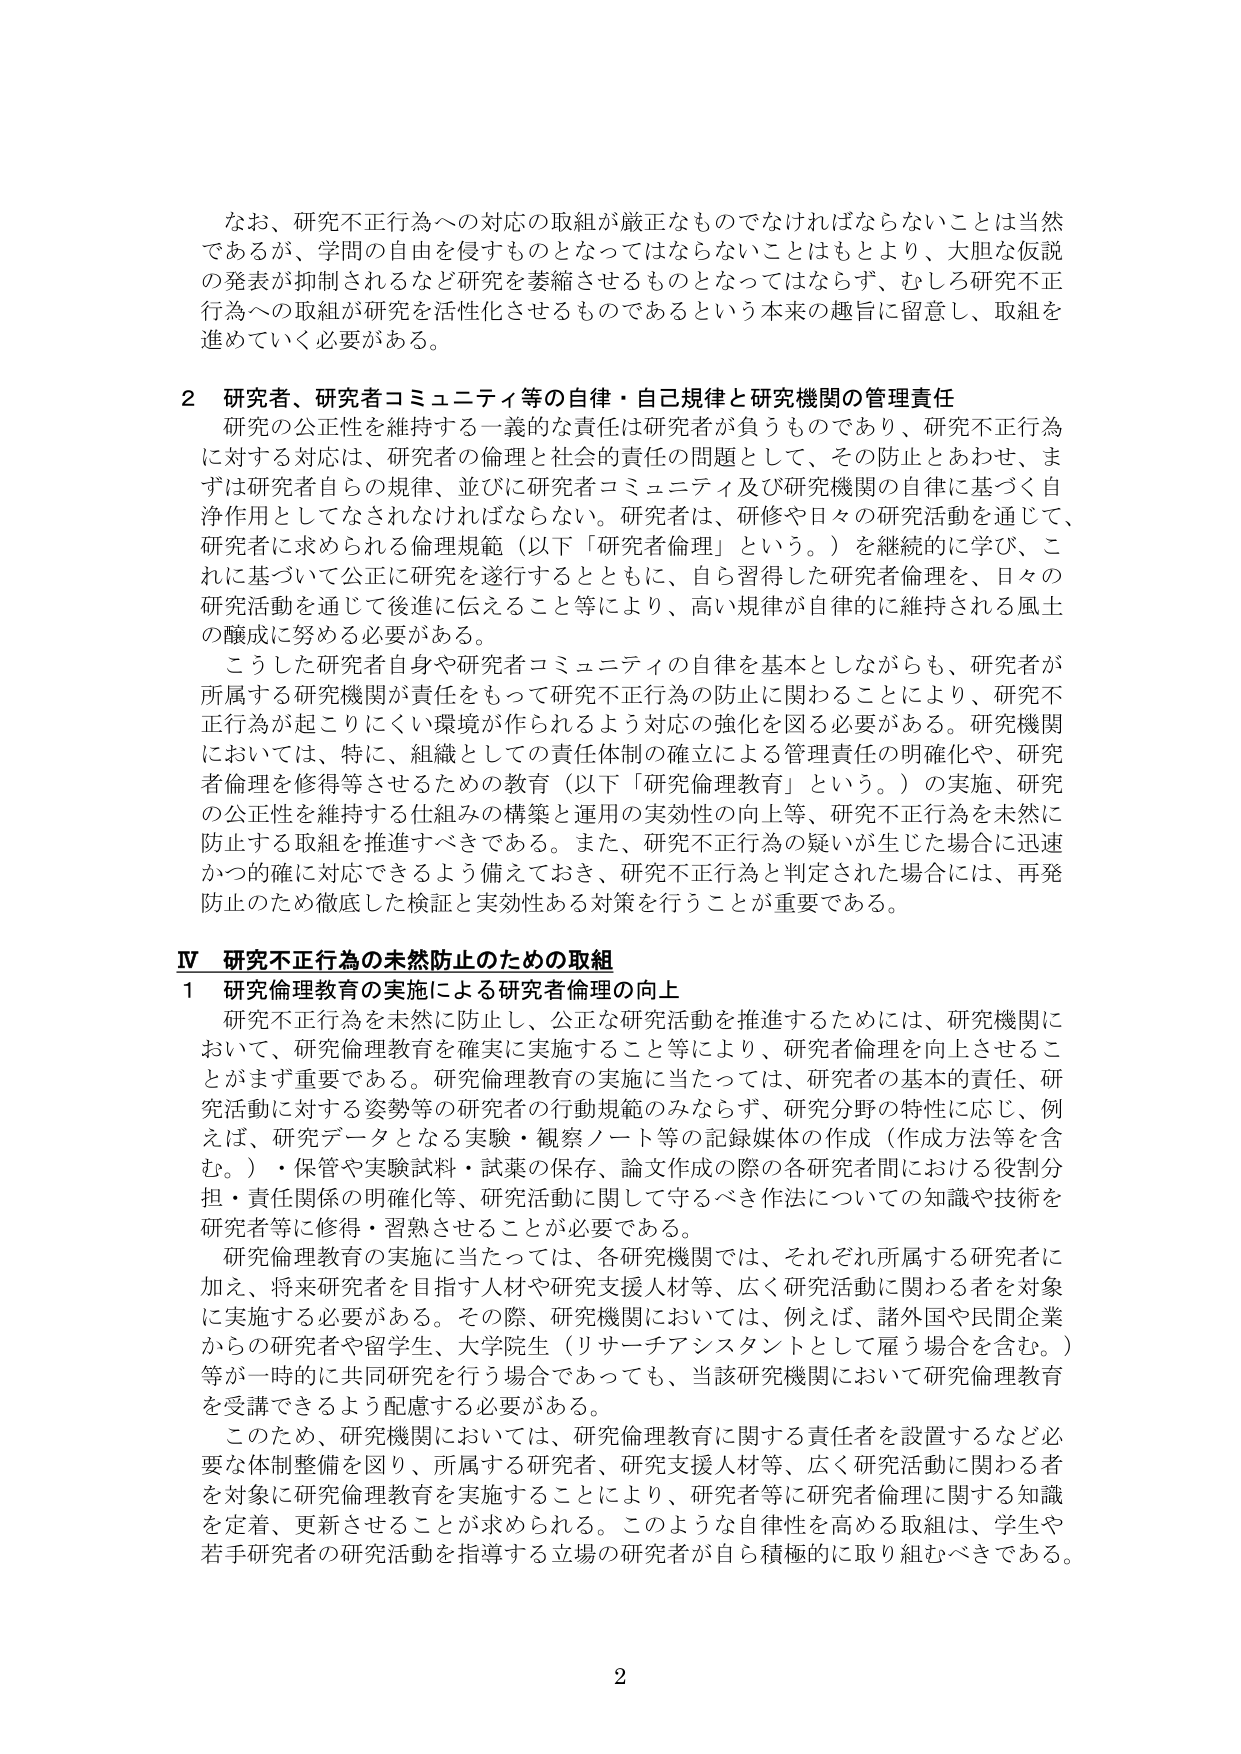
なお、研究不正行為への対応の取組が厳正なものでなければならないことは当然であるが、学問の自由を侵すものとなってはならないことはもとより、大胆な仮説の発表が抑制されるなど研究を萎縮させるものとなってはならず、むしろ研究不正行為への取組が研究を活性化させるものであるという本来の趣旨に留意し、取組を進めていく必要がある。

2 研究者、研究者コミュニティ等の自律・自己規律と研究機関の管理責任
研究の公正性を維持する一義的な責任は研究者が負うものであり、研究不正行為に対する対応は、研究者の倫理と社会的責任の問題として、その防止とあわせ、まずは研究者自らの規律、並びに研究者コミュニティ及び研究機関の自律に基づく自浄作用としてなされなければならない。研究者は、研究や日々の研究活動を通じて、研究者に求められる倫理規範（以下「研究者倫理」という。）を継続的に学び、これに基づいて公正に研究を遂行するとともに、自ら習得した研究者倫理を、日々の研究活動を通じて後進に伝えること等により、高い規律が自律的に維持される風土の醸成に努める必要がある。
こうした研究者自身や研究者コミュニティの自律を基本としながらも、研究者が所属する研究機関が責任をもって研究不正行為の防止に関わることにより、研究不正行為が起こりにくい環境が作られるよう対応の強化を図る必要がある。研究機関においては、特に、組織としての責任体制の確立による管理責任の明確化や、研究者倫理を修得等させるための教育（以下「研究倫理教育」という。）の実施、研究の公正性を維持する仕組みの構築と運用の実効性の向上等、研究不正行為を未然に防止する取組を推進すべきである。また、研究不正行為の疑いが生じた場合に迅速かつ的確に対応できるよう備えておき、研究不正行為と判定された場合には、再発防止のため徹底した検証と実効性ある対策を行うことが重要である。

Ⅳ 研究不正行為の未然防止のための取組
1 研究倫理教育の実施による研究者倫理の向上
研究不正行為を未然に防止し、公正な研究活動を推進するためには、研究機関において、研究倫理教育を確実に実施すること等により、研究者倫理を向上させることがまず重要である。研究倫理教育の実施に当たっては、研究者の基本的責任、研究活動に対する姿勢等の研究者の行動規範のみならず、研究分野の特性に応じ、例えば、研究データとなる実験・観察ノート等の記録媒体の作成（作成方法等を含む。）・保管や実験試料・試薬の保存、論文作成の際の各研究者間における役割分担・責任関係の明確化等、研究活動に関して守るべき作法についての知識や技術を研究者等に修得・習熟させることが必要である。
研究倫理教育の実施に当たっては、各研究機関では、それぞれ所属する研究者に加え、将来研究者を目指す人材や研究支援人材等、広く研究活動に関わる者を対象に実施する必要がある。その際、研究機関においては、例えば、諸外国や民間企業からの研究者や留学生、大学院生（リサーチアシスタントとして雇う場合を含む。）等が一時的に共同研究を行う場合であっても、当該研究機関において研究倫理教育を受講できるよう配慮する必要がある。
このため、研究機関においては、研究倫理教育に関する責任者を設置するなど必要な体制整備を図り、所属する研究者、研究支援人材等、広く研究活動に関わる者を対象に研究倫理教育を実施することにより、研究者等に研究者倫理に関する知識を定着、更新させることが求められる。このような自律性を高める取組は、学生や若手研究者の研究活動を指導する立場の研究者が自ら積極的に取り組むべきである。

2